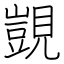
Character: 覬